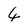
Character: 4